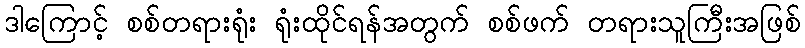
ဒါကြောင့် စစ်တရားရုံး ရုံးထိုင်ရန်အတွက် စစ်ဖက် တရားသူကြီးအဖြစ်